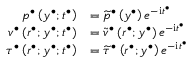
\begin{array} { r l } { p ^ { \bullet } \left( y ^ { \bullet } ; t ^ { \bullet } \right) } & { = \widetilde { p } ^ { \bullet } \left( y ^ { \bullet } \right) e ^ { - \mathrm { i } t ^ { \bullet } } } \\ { v ^ { \bullet } \left( r ^ { \bullet } ; y ^ { \bullet } ; t ^ { \bullet } \right) } & { = \widetilde { v } ^ { \bullet } \left( r ^ { \bullet } ; y ^ { \bullet } \right) e ^ { - \mathrm { i } t ^ { \bullet } } } \\ { \tau ^ { \bullet } \left( r ^ { \bullet } ; y ^ { \bullet } ; t ^ { \bullet } \right) } & { = \widetilde { \tau } ^ { \bullet } \left( r ^ { \bullet } ; y ^ { \bullet } \right) e ^ { - \mathrm { i } t ^ { \bullet } } } \end{array}